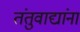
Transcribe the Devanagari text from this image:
तंतुवाद्यांना